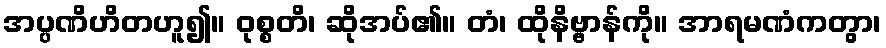
အပ္ပဏိဟိတဟူ၍။ ဝုစ္စတိ၊ ဆိုအပ်၏။ တံ၊ ထိုနိဗ္ဗာန်ကို။ အာရမဏံကတွာ၊